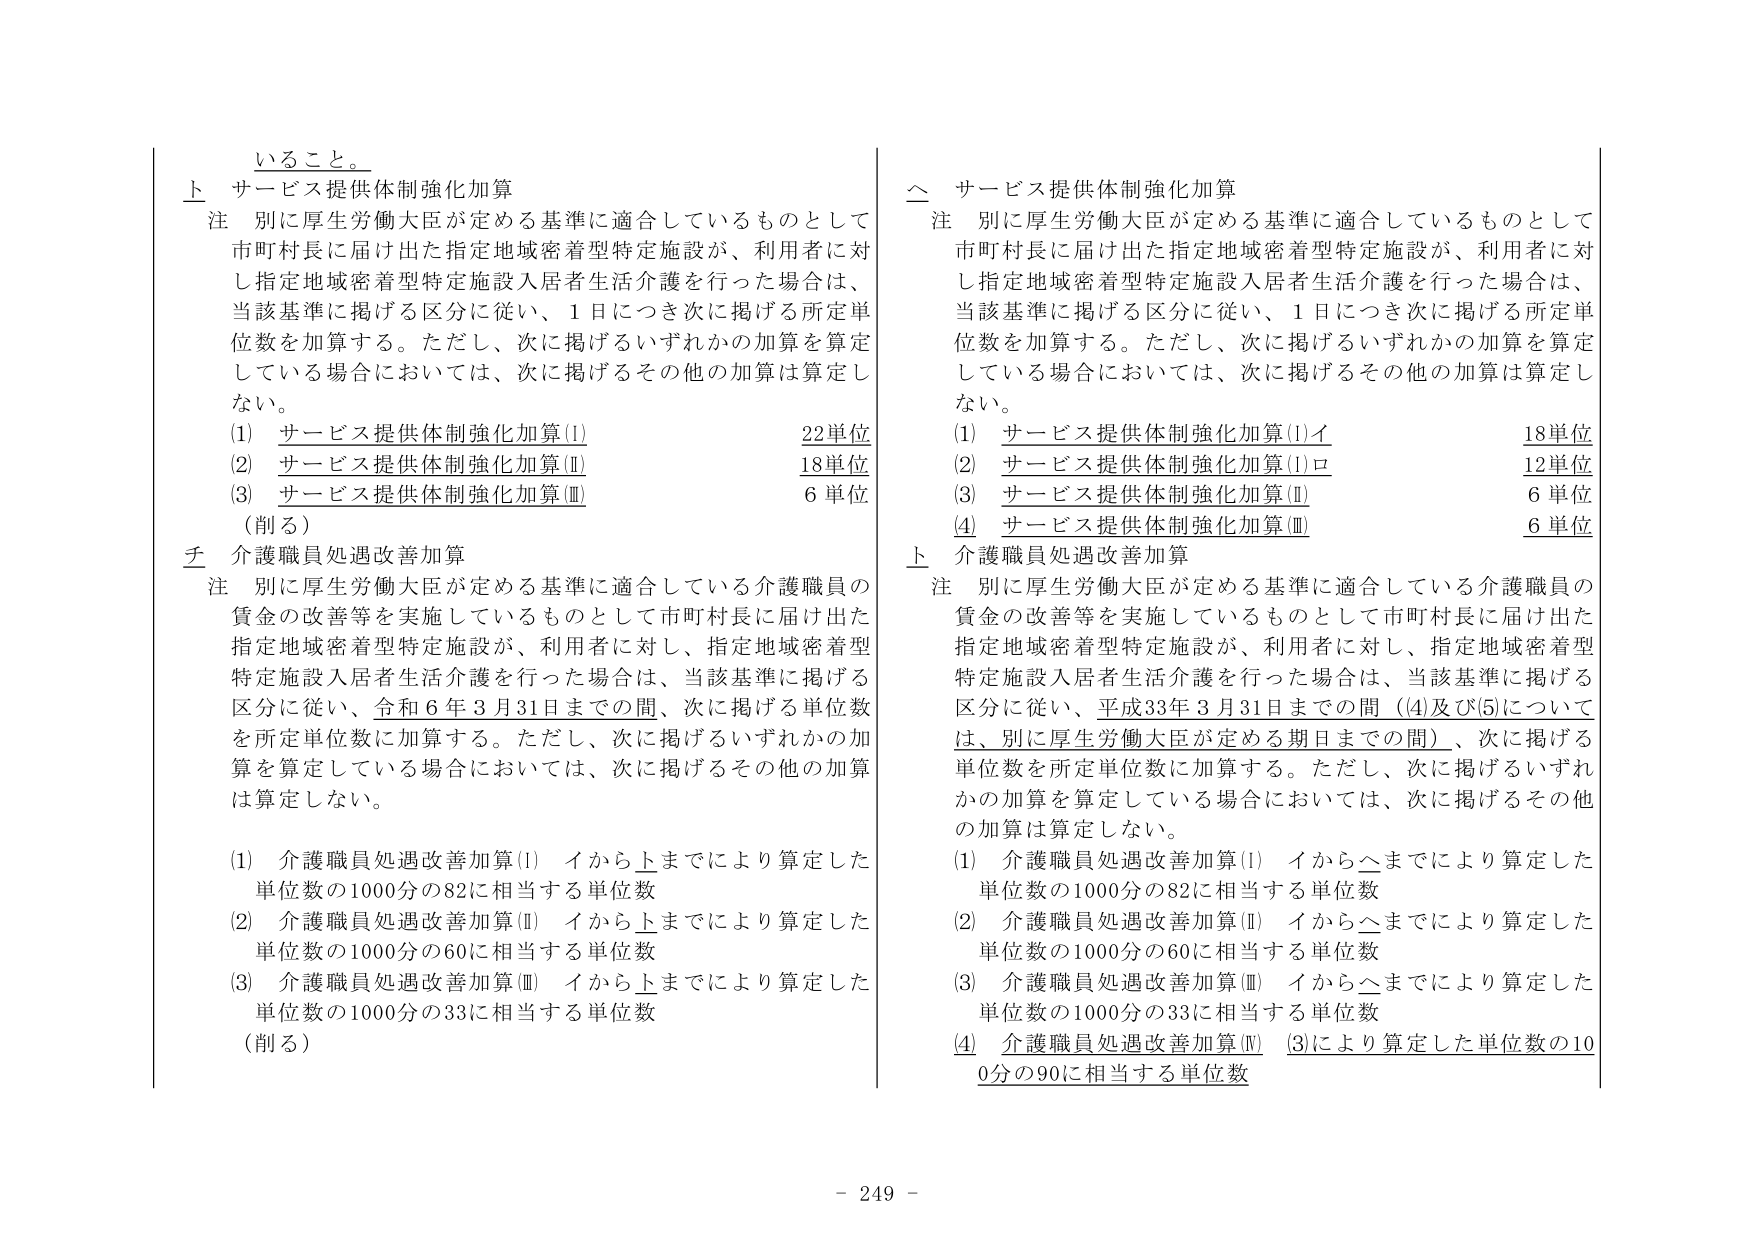
いること。

上 サービス提供体制強化加算
注 別に厚生労働大臣が定める基準に適合しているものとして
市町村長に届け出た指定地域密着型特定施設が、利用者に対
し指定地域密着型特定施設入居者生活介護を行った場合は、
当該基準に掲げる区分に従い、1日につき次に掲げる所定単
位数を加算する。ただし、次に掲げるいずれかの加算を算定
している場合においては、次に掲げるその他の加算は算定し
ない。
(1) サービス提供体制強化加算(Ⅰ) 22単位
(2) サービス提供体制強化加算(Ⅱ) 18単位
(3) サービス提供体制強化加算(Ⅲ) 6単位
（削る）

チ 介護職員処遇改善加算
注 別に厚生労働大臣が定める基準に適合している介護職員の
賃金の改善等を実施しているものとして市町村長に届け出た
指定地域密着型特定施設が、利用者に対し、指定地域密着型
特定施設入居者生活介護を行った場合は、当該基準に掲げる
区分に従い、令和6年3月31日までの間、次に掲げる単位数
を所定単位数に加算する。ただし、次に掲げるいずれかの加
算を算定している場合においては、次に掲げるその他の加算
は算定しない。
(1) 介護職員処遇改善加算(Ⅰ) イから上までにより算定した
単位数の1000分の82に相当する単位数
(2) 介護職員処遇改善加算(Ⅱ) イから上までにより算定した
単位数の1000分の60に相当する単位数
(3) 介護職員処遇改善加算(Ⅲ) イから上までにより算定した
単位数の1000分の33に相当する単位数
（削る）

△ サービス提供体制強化加算
注 別に厚生労働大臣が定める基準に適合しているものとして
市町村長に届け出た指定地域密着型特定施設が、利用者に対
し指定地域密着型特定施設入居者生活介護を行った場合は、
当該基準に掲げる区分に従い、1日につき次に掲げる所定単
位数を加算する。ただし、次に掲げるいずれかの加算を算定
している場合においては、次に掲げるその他の加算は算定し
ない。
(1) サービス提供体制強化加算(Ⅰ)イ 18単位
(2) サービス提供体制強化加算(Ⅰ)ロ 12単位
(3) サービス提供体制強化加算(Ⅱ) 6単位
(4) サービス提供体制強化加算(Ⅲ) 6単位

上 介護職員処遇改善加算
注 別に厚生労働大臣が定める基準に適合している介護職員の
賃金の改善等を実施しているものとして市町村長に届け出た
指定地域密着型特定施設が、利用者に対し、指定地域密着型
特定施設入居者生活介護を行った場合は、当該基準に掲げる
区分に従い、平成33年3月31日までの間（④及び⑤について
は、別に厚生労働大臣が定める期日までの間）、次に掲げる
単位数を所定単位数に加算する。ただし、次に掲げるいずれ
かの加算を算定している場合においては、次に掲げるその他
の加算は算定しない。
(1) 介護職員処遇改善加算(Ⅰ) イから△までにより算定した
単位数の1000分の82に相当する単位数
(2) 介護職員処遇改善加算(Ⅱ) イから△までにより算定した
単位数の1000分の60に相当する単位数
(3) 介護職員処遇改善加算(Ⅲ) イから△までにより算定した
単位数の1000分の33に相当する単位数
(4) 介護職員処遇改善加算(Ⅳ) (3)により算定した単位数の10
0分の90に相当する単位数

- 249 -